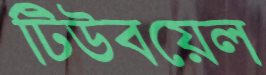
টিউবয়েল